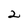
Character: 2